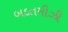
બદતમીઝી